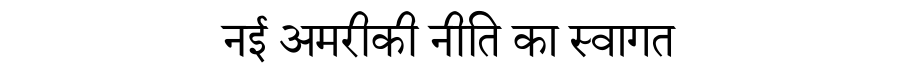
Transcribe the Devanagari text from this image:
नई अमरीकी नीति का स्वागत